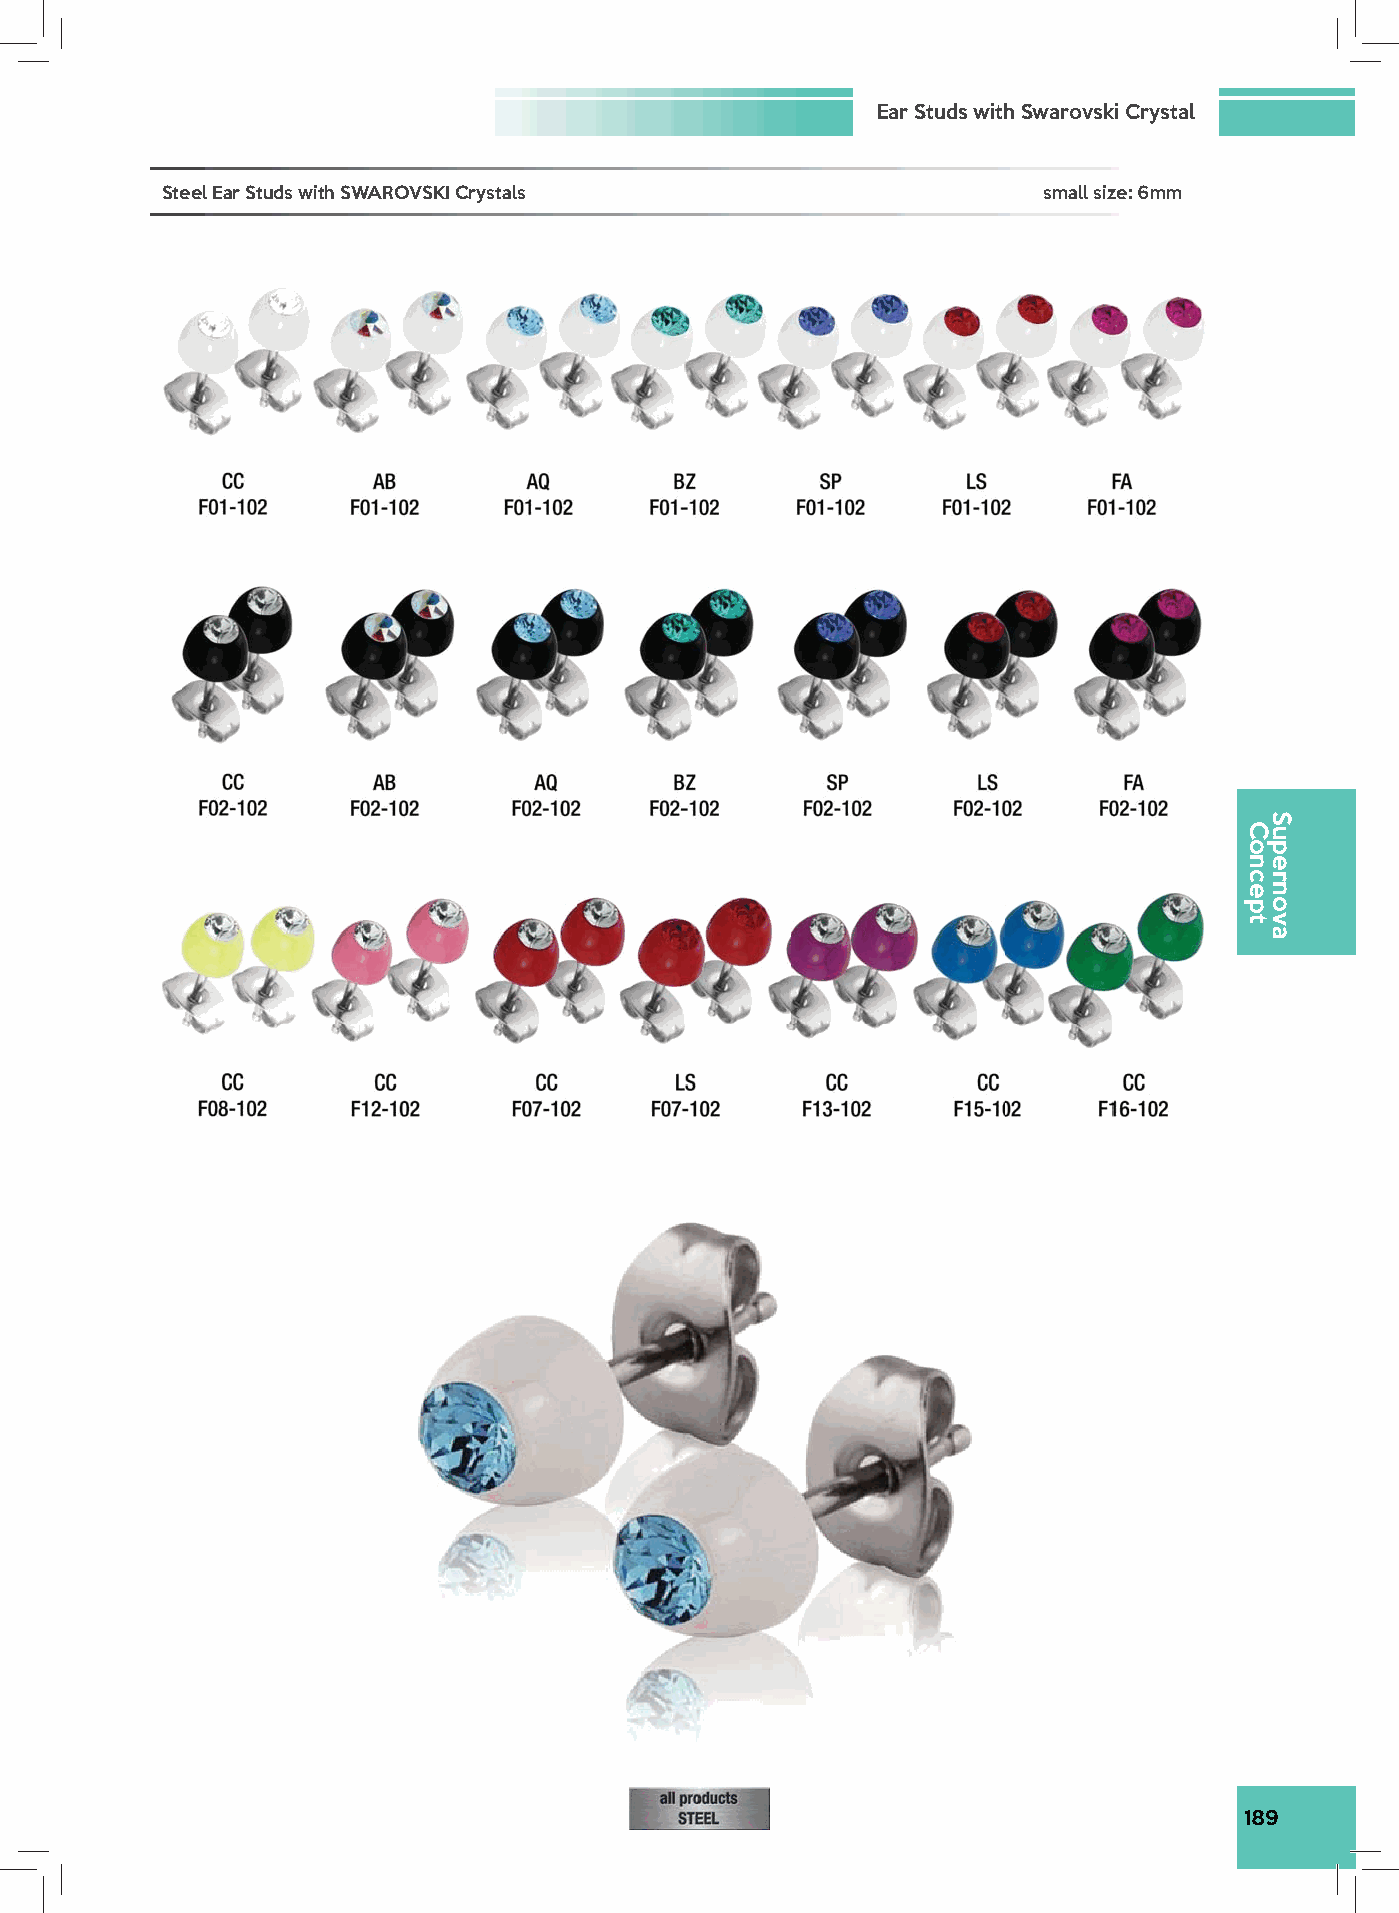
Ear Studs with Swarovski Crystal
 Steel Ear Studs with SWAROVSKI Crystals                   small size: 6mm
 189
 Concept
 Supernova